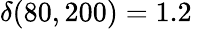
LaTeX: \delta(80,200)=1.2\